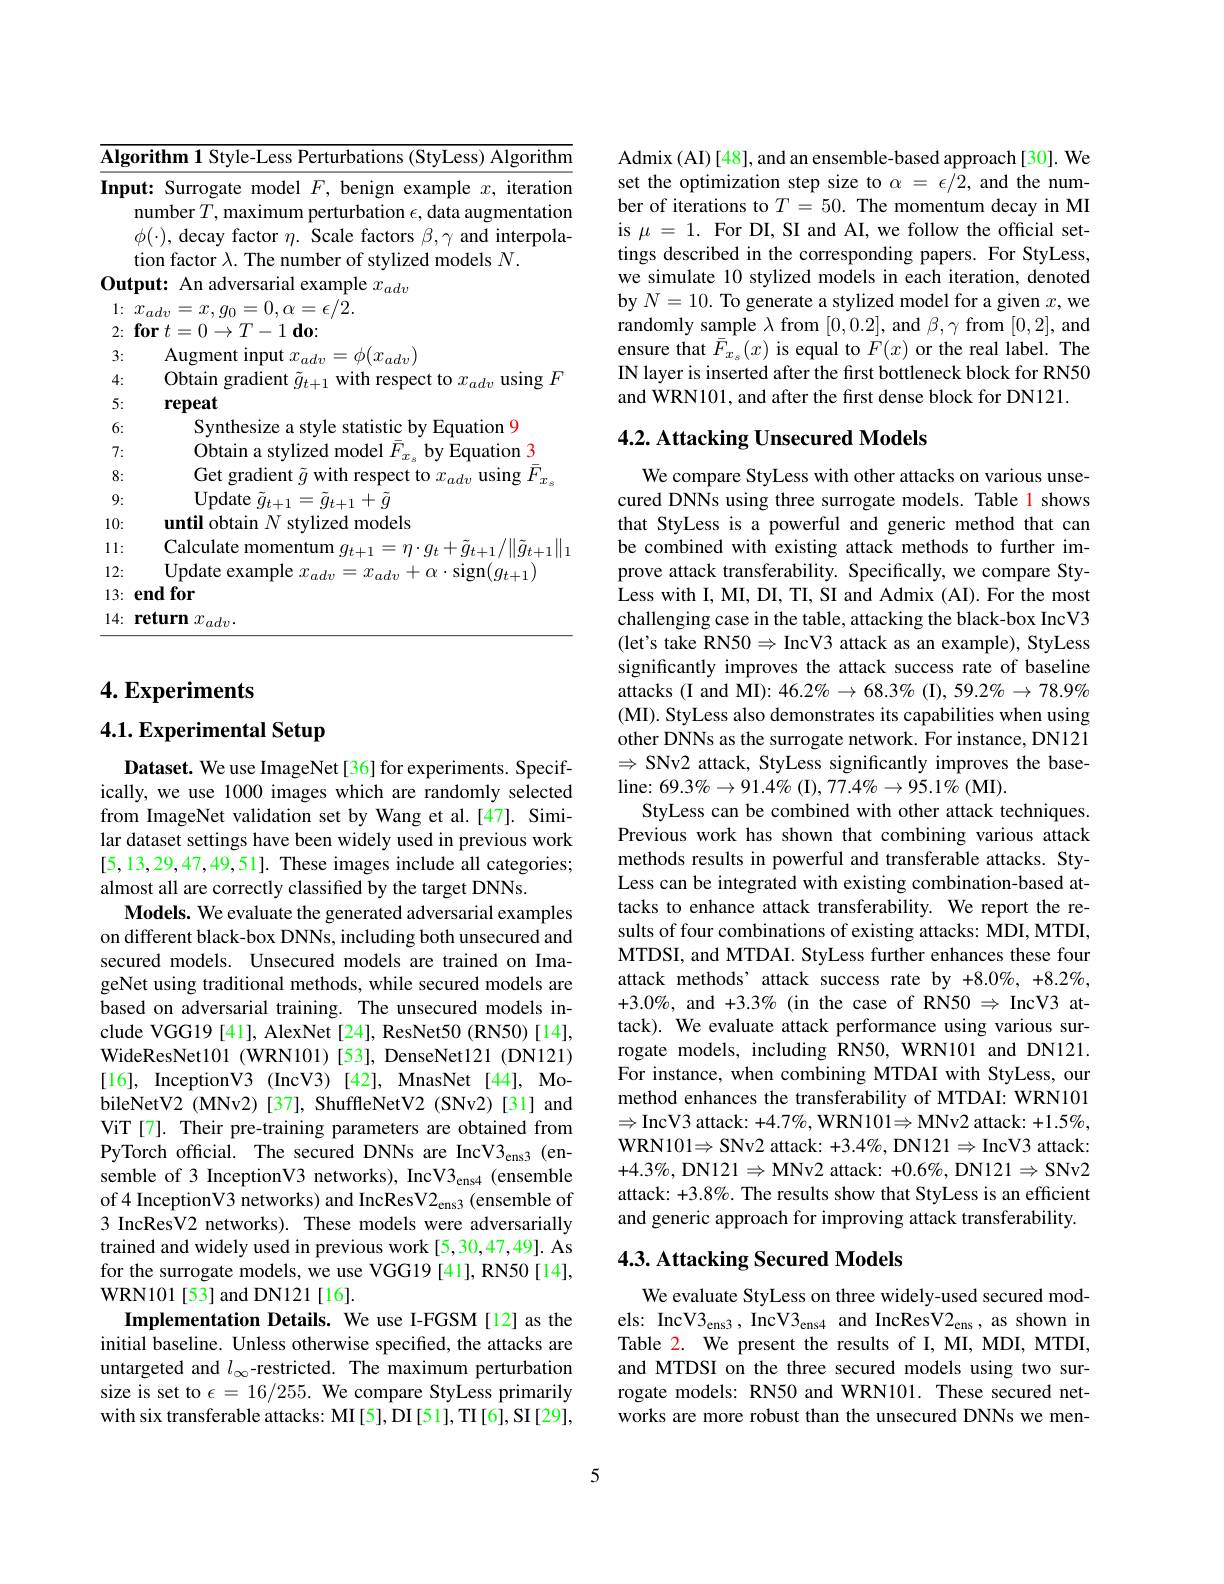
<table>
	<tbody>
		<tr>
			<th>$\overline{\mathbf{Alg}0}$ 1 10</th>
			<th>rithm 1 Style-Less Perturbations (StyLess) Algorithm</th>
		</tr>
		<tr>
			<td>Inpu</td>
			<td>ut: Surrogate model $F$, benign example $x$, iteration number $T$,maximum perturbation $\epsilon$,data augmentation $\phi(\cdot)$, decay factor $\eta.$ Scale factors $\beta,\gamma$ and interpola</td>
		</tr>
		<tr>
			<td>3:</td>
			<td>$.L$ $i_{adv}$</td>
		</tr>
		<tr>
			<td>4:</td>
			<td> </td>
		</tr>
		<tr>
			<td>6:</td>
			<td>Svnthesize Fauation 9</td>
		</tr>
		<tr>
			<td>7:</td>
			<td>$27ht$ Eauation 13 $1\rho$</td>
		</tr>
		<tr>
			<td>8:</td>
			<td>adient $W1fh$ llsino</td>
		</tr>
		<tr>
			<td>9:</td>
			<td>Undate $\tilde{g}_{t+1}+\tilde{g}$</td>
		</tr>
		<tr>
			<td>10:</td>
			<td>until obtain $\textbf{N}$ stylized models</td>
		</tr>
		<tr>
			<td>11: 1 </td>
			<td>Calculate</td>
		</tr>
		<tr>
			<td>12:</td>
			<td>TIndate $\cdot\operatorname{Slgn}(a_{++1}$</td>
		</tr>
		<tr>
			<td>13:</td>
			<td>$\mathbf{endfor}$</td>
		</tr>
		<tr>
			<td>14: 1</td>
			<td>111rm</td>
		</tr>
	</tbody>
</table>

## $4. \textbf{Experiments}$

4.1. Experimental Setup

Dataset. We use ImageNet [36] for experiments. Specifically, we use 1000 images which are randomly selected from ImageNet validation set by Wang et al.[47]. Similar dataset settings have been widely used in previous work [5,13,29,47,49,51]. These images include all categories; almost all are correctly classified by the target DNNs.
Models. We evaluate the generated adversarial examples on different black-box DNNs, including both unsecured and secured models. Unsecured models are trained on ImageNet using traditional methods, while secured models are based on adversarial training. The unsecured models include VGG19 [41], AlexNet [24], ResNet50 (RN50) [14], WideResNet101 (WRN101)[53], DenseNet121 (DN121) [16], InceptionV3 (IncV3) [42], MnasNet [44], MobileNetV2 (MNv2) [37], ShuffleNetV2 (SNv2)[31] and ViT[7]. Their pre-training parameters are obtained from PyTorch official. The secured DNNs are IncV3$_\mathrm{ens3}$ (ensemble of 3 InceptionV3 networks), IncV3$_{\mathrm{ens4}}$ (ensemble of 4 InceptionV3 networks) and IncResV2$_\mathrm{ens3}$ (ensemble of 3 IncResV2 networks). These models were adversarially trained and widely used in previous work [5,30,47,49]. As for the surrogate models, we use VGG19 [41], RN50 [14], WRN101[53] and DN121[16].
Implementation Details. We use I-FGSM[12] as the initial baseline. Unless otherwise specified, the attacks are untargeted and $l_\infty$-restricted. The maximum perturbation size is set to $\epsilon=16/255.$ We compare StyLess primarily with six transferable attacks: MI [5], DI [51], TI [6], SI [29],

Admix (AI)[48], and an ensemble-based approach[30]. We set the optimization step size to $\alpha=\epsilon/2$, and the number of iterations to $T=50.$ The momentum decay in MI is $\mu=1.$ For DI, SI and AI, we follow the official settings described in the corresponding papers. For StyLess, we simulate 10 stylized models in each iteration, denoted by $N=10.$ To generate a stylized model for a given $x$, we randomly sample $\lambda$ from [0,0.2], and $\beta,\gamma$ from [0,2], and ensure that $\bar{F}_{x_s}(x)$ is equal to $F(x)$ or the real label. The IN layer is inserted after the first bottleneck block for RN50 and WRN101, and after the first dense block for DN121.

## 4.2. Attacking Unsecured Models

We compare StyLess with other attacks on various unsecured DNNs using three surrogate models. Table l shows that StyLess is a powerful and generic method that can be combined with existing attack methods to further improve attack transferability. Specifically, we compare StyLess with I, MI, DI, TI, SI and Admix (AI). For the most challenging case in the table, attacking the black-box IncV3 (let's take RN50$\Rightarrow$ IncV3 attack as an example), StyLess significantly improves the attack success rate of baseline attacks (I and MI): 46.2% \to 68.3% (I), 59.2% \to 78.9% (MI). StyLess also demonstrates its capabilities when using other DNNs as the surrogate network. For instance, DN121 $\Rightarrow$ SNv2 attack, StyLess significantly improves the baseline: 69. 3$\% \to$91. 4$\%$ ( I) , 77. 4$\% \to$95. 1$\%$ ( MI) .
StyLess can be combined with other attack techniques. Previous work has shown that combining various attack methods results in powerful and transferable attacks. StyLess can be integrated with existing combination-based attacks to enhance attack transferability. We report the results of four combinations of existing attacks: MDI, MTDI, MTDSI, and MTDAI. StyLess further enhances these four attack methods' attack success rate by +8.0%, +8.2%, $+3.0\%$, and $+3.3\%$ (in the case of RN50 $\Rightarrow$ IncV3 attack). We evaluate attack performance using various surrogate models, including RN50, WRN101 and DN121. For instance, when combining MTDAI with StyLess, our method enhances the transferability of MTDAI: WRN101 $\Rightarrow$IncV3 attack: +4.7%, WRN101$\Rightarrow$MNv2 attack: $+1.5\%$, WRN101$\Rightarrow$SNv2 attack: +3.4%, DN121$\Rightarrow$IncV3 attack: $+4.3\%$, DN121$\Rightarrow$MNv2 attack: $+0.6\%$, DN121$\Rightarrow$SNv2 attack: +3.8%. The results show that StyLess is an efficient and generic approach for improving attack transferability.

## 4.3. Attacking Secured Models

We evaluate StyLess on three widely-used secured models: IncV3$_\mathrm{ens3}$, IncV3$_\mathrm{ens4}$ and IncResV2$_\mathrm{ens}$ ,as shown in Table 2. We present the results of I, MI, MDI, MTDI, and MTDSI on the three secured models using two surrogate models: RN50 and WRN101. These secured networks are more robust than the unsecured DNNs we men-

5